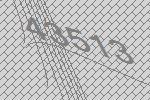
43513